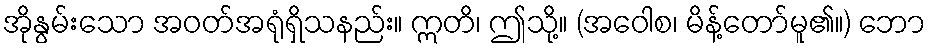
အိုနွမ်းသော အဝတ်အရုံရှိသနည်း။ ဣတိ၊ ဤသို့။ (အဝေါစ၊ မိန့်တော်မူ၏။) ဘော